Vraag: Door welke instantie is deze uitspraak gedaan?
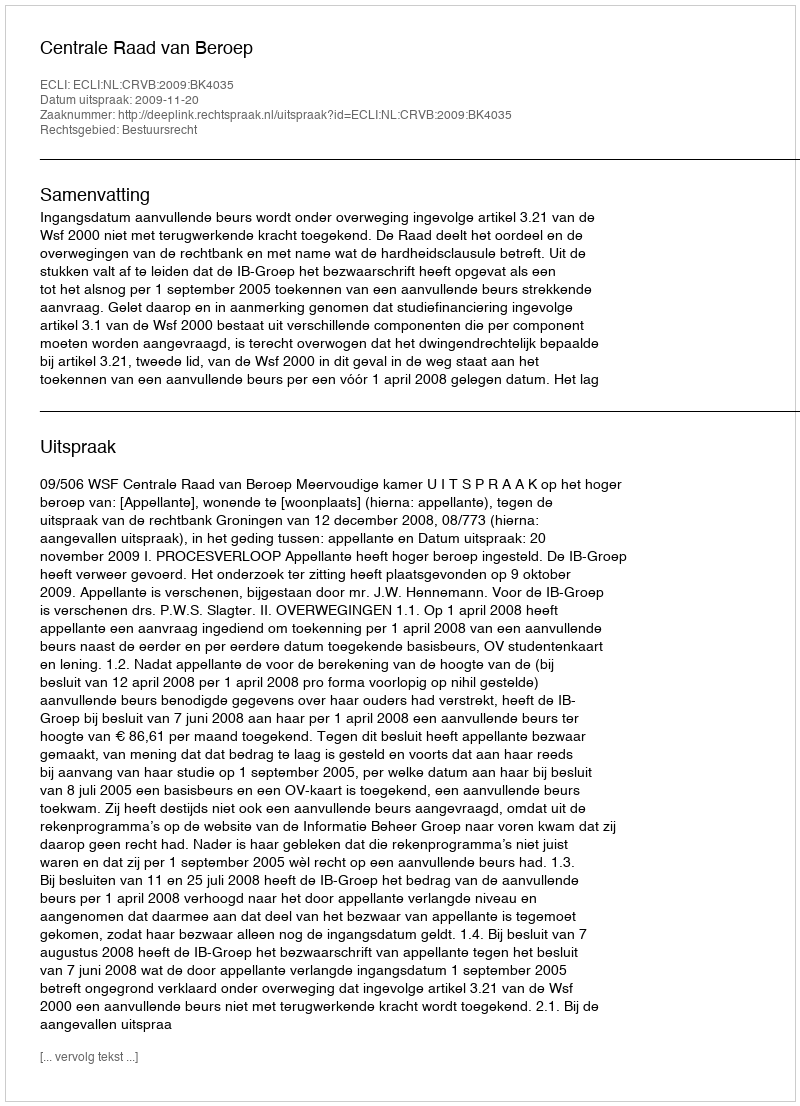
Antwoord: Centrale Raad van Beroep